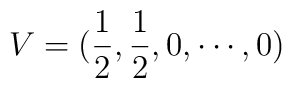
V= (\frac{1}{2}, \frac{1}{2}, 0, \cdots, 0) \nonumber